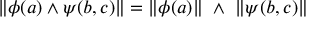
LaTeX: \| \phi ( a ) \land \psi ( b , c ) \| = \| \phi ( a ) \| \ \land \ \| \psi ( b , c ) \|